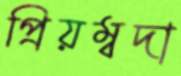
প্রিয়ম্বদা